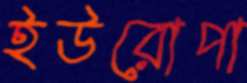
ইউরোপা